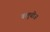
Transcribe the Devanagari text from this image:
बलूचीज